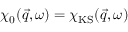
\chi _ { 0 } ( \vec { q } , \omega ) = \chi _ { \mathrm { K S } } ( \vec { q } , \omega )